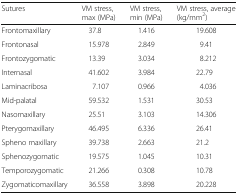
| Sutures | VM stress, max (MPa) | VM stress, min (MPa) | VM stress, average (kg/mm2) |
 | --- | --- | --- | --- |
 | Frontomaxillary | 37.8 | 1.416 | 19.608 |
 | Frontonasal | 15.978 | 2.849 | 9.41 |
 | Frontozygomatic | 13.39 | 3.034 | 8.212 |
 | Internasal | 41.602 | 3.984 | 22.79 |
 | Laminacribosa | 7.107 | 0.966 | 4.036 |
 | Mid-palatal | 59.532 | 1.531 | 30.53 |
 | Nasomaxillary | 25.51 | 3.103 | 14.306 |
 | Pterygomaxillary | 46.495 | 6.336 | 26.41 |
 | Spheno maxillary | 39.738 | 2.663 | 21.2 |
 | Sphenozygomatic | 19.575 | 1.045 | 10.31 |
 | Temporozygomatic | 21.266 | 0.308 | 10.78 |
 | Zygomaticomaxillary | 36.558 | 3.898 | 20.228 |